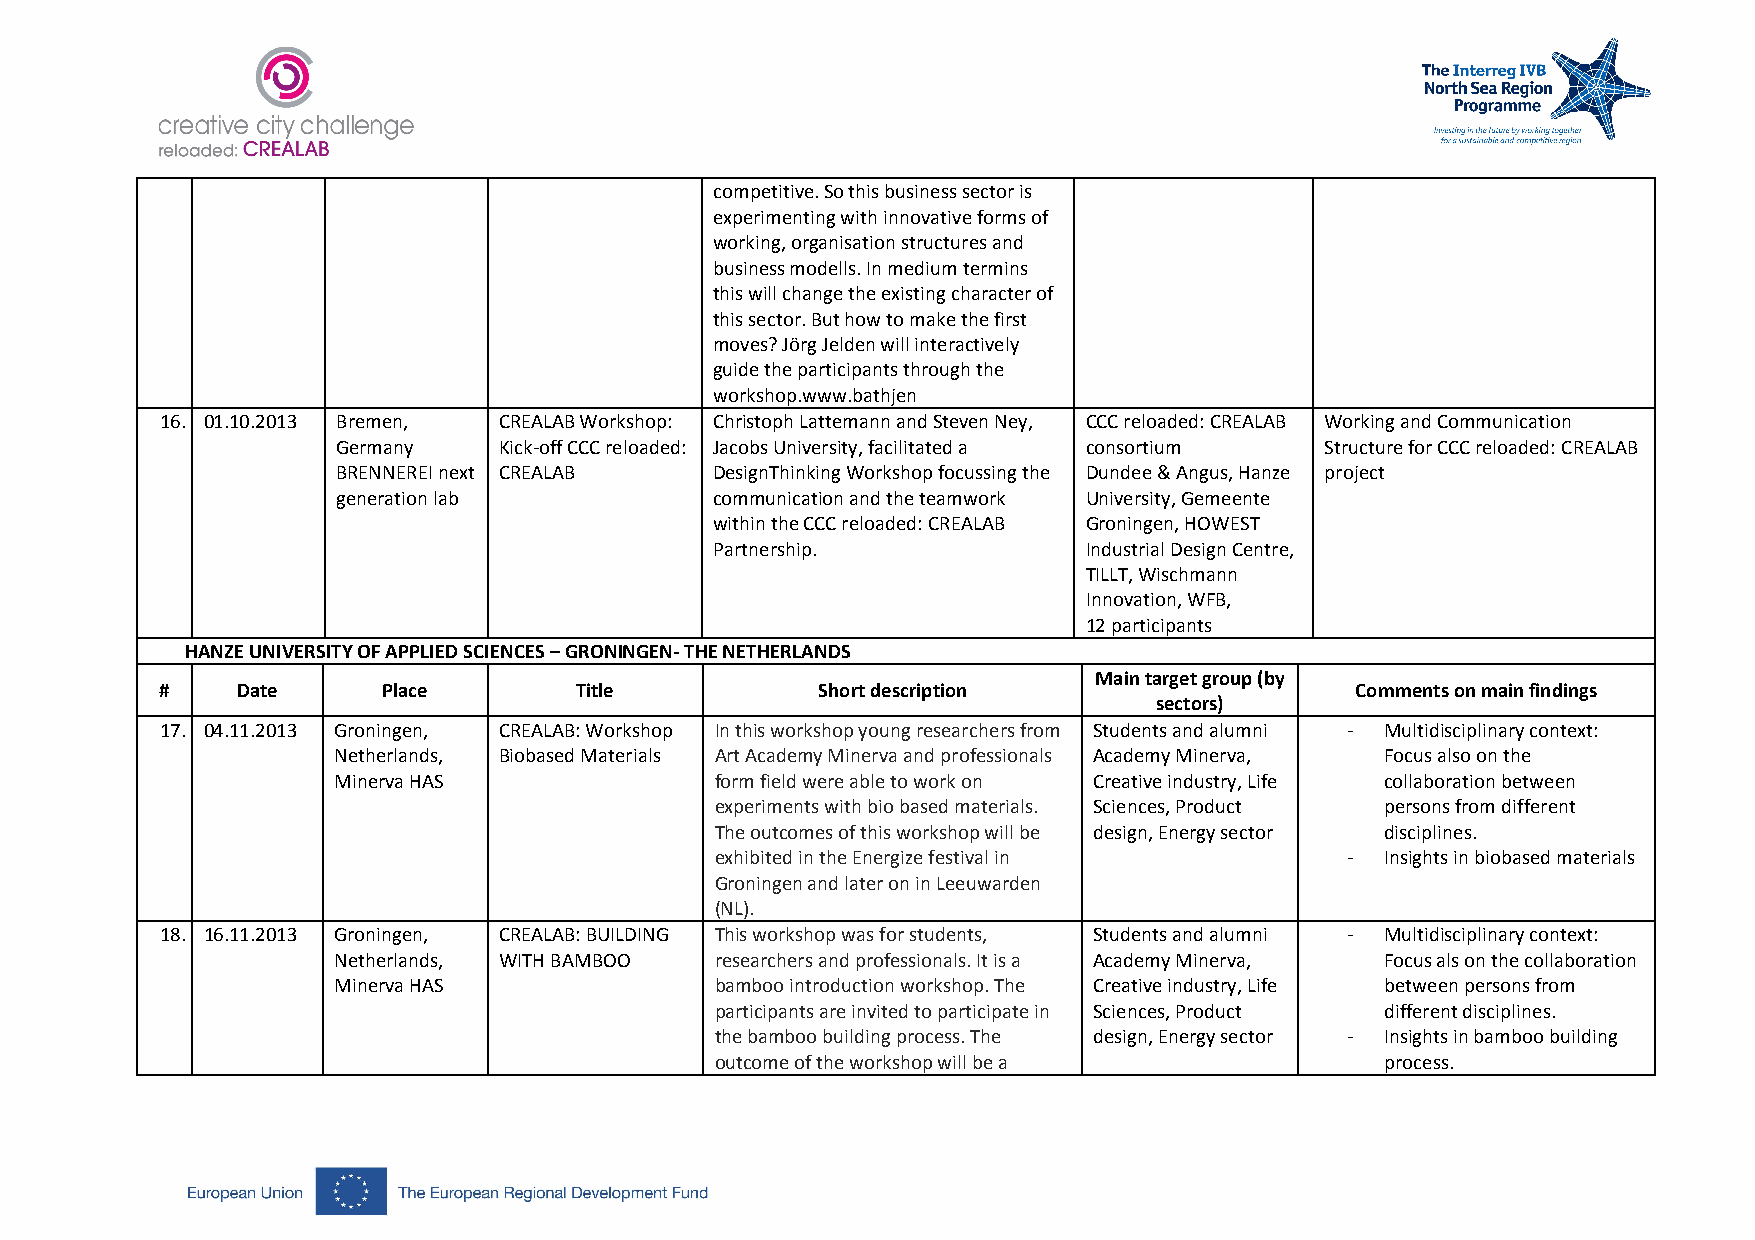
competitive. So this business sector is
 experimenting with innovative forms of
 working, organisation structures and
 business modells. In medium termins
 this will change the existing character of
 this sector. But how to make the first
 moves? Jörg Jelden will interactively
 guide the participants through the
 workshop.www.bathjen
 16. 01.10.2013 Bremen, CREALAB Workshop: Christoph Lattemann and Steven Ney, CCC reloaded: CREALAB Working and Communication
 Germany    Kick-off CCC reloaded: Jacobs University, facilitated a consortium Structure for CCC reloaded: CREALAB
 BRENNEREI next CREALAB   DesignThinking Workshop focussing the Dundee & Angus, Hanze project
 generation lab           communication and the teamwork University, Gemeente
 within the CCC reloaded: CREALAB Groningen, HOWEST
 Partnership.             Industrial Design Centre,
 TILLT, Wischmann
 Innovation, WFB,
 12 participants
 HANZE UNIVERSITY OF APPLIED SCIENCES – GRONINGEN- THE NETHERLANDS
 Main target group (by
 #    Date     Place        Title           Short description                   Comments on main findings
 sectors)
 17. 04.11.2013 Groningen, CREALAB: Workshop In this workshop young researchers from Students and alumni - Multidisciplinary context:
 Netherlands, Biobased Materials Art Academy Minerva and professionals Academy Minerva, Focus also on the
 Minerva HAS              form field were able to work on Creative industry, Life collaboration between
 experiments with bio based materials. Sciences, Product persons from different
 The outcomes of this workshop will be design, Energy sector disciplines.
 exhibited in the Energize festival in     -  Insights in biobased materials
 Groningen and later on in Leeuwarden
 (NL).
 18. 16.11.2013 Groningen, CREALAB: BUILDING This workshop was for students, Students and alumni - Multidisciplinary context:
 Netherlands, WITH BAMBOO researchers and professionals. It is a Academy Minerva, Focus als on the collaboration
 Minerva HAS              bamboo introduction workshop. The Creative industry, Life between persons from
 participants are invited to participate in Sciences, Product different disciplines.
 the bamboo building process. The design, Energy sector - Insights in bamboo building
 outcome of the workshop will be a            process.